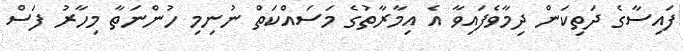
ފައިސާގެ ދަތިކަން ދިމާވެފައިވާ އެ އިމާރާތުގެ މަސައްކަތް ނުނިމި ހުންނަތާ މިހާރު ފަސް